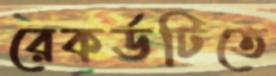
রেকর্ডটিতে